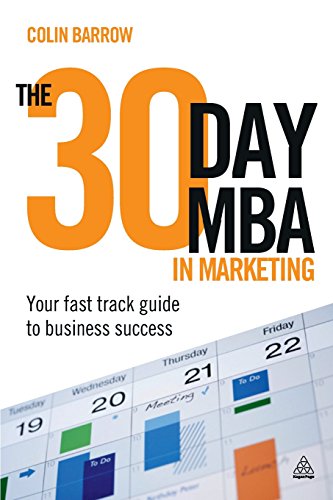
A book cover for The 30 Day MBA in Marketing: Your Fast Track Guide to Business Success; Colin Barrow; Education & Teaching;